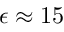
\epsilon \approx 1 5